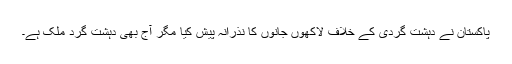
پاکستان نے دہشت گردی کے خلاف لاکھوں جانوں کا نذرانہ پیش کیا مگر آج بھی دہشت گرد ملک ہے۔